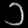
Digit: ၁